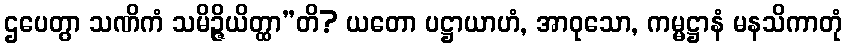
ဌပေတွာ သဏိကံ သမိဉ္ဇိယိတ္ထာ”တိ? ယတော ပဋ္ဌာယာဟံ, အာဝုသော, ကမ္မဋ္ဌာနံ မနသိကာတုံ